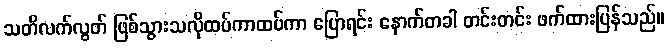
သတိလက်လွတ် ဖြစ်သွားသလိုထပ်ကာထပ်ကာ ပြောရင်း နောက်တခါ တင်းတင်း ဖက်ထားပြန်သည်။